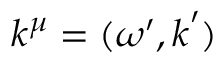
k ^ { \mu } = ( \omega ^ { \prime } , \boldsymbol { k } ^ { \prime } )